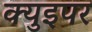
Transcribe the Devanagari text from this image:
क्युइपर